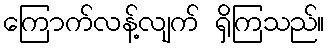
ကြောက်လန့်လျက် ရှိကြသည်။